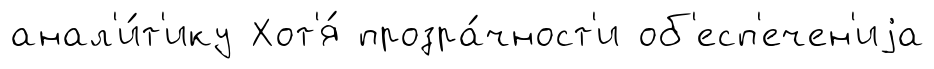
анал'и́т'ику Хот'я́ прозра́чност'и об'есп'ечен'иjа